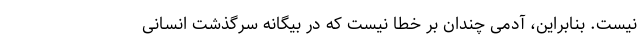
نیست. بنابراین، آدمی چندان بر خطا نیست که در بیگانه سرگذشت انسانی